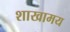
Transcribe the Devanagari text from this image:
शाखामय